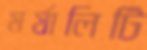
মর্যালিটি